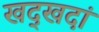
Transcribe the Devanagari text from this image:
खद्खदां